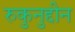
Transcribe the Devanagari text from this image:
रुकुनुद्दीन